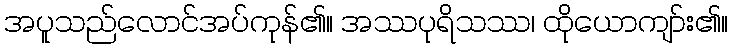
အပူသည်လောင်အပ်ကုန်၏။ အဿပုရိသဿ၊ ထိုယောကျာ်း၏။